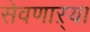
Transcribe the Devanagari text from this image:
सेवणाऱ्या